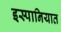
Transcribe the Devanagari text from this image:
इस्पानियात